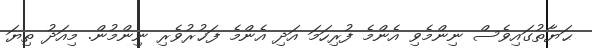
ޙަޔާތުގައިވެސް ނިންމެވި އެންމެ ފުރިހަމަ އަދި އެންމެ ފަޚުރުވެރި ނިންމުން. މިއަދު ތިޔަ